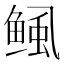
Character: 鲺